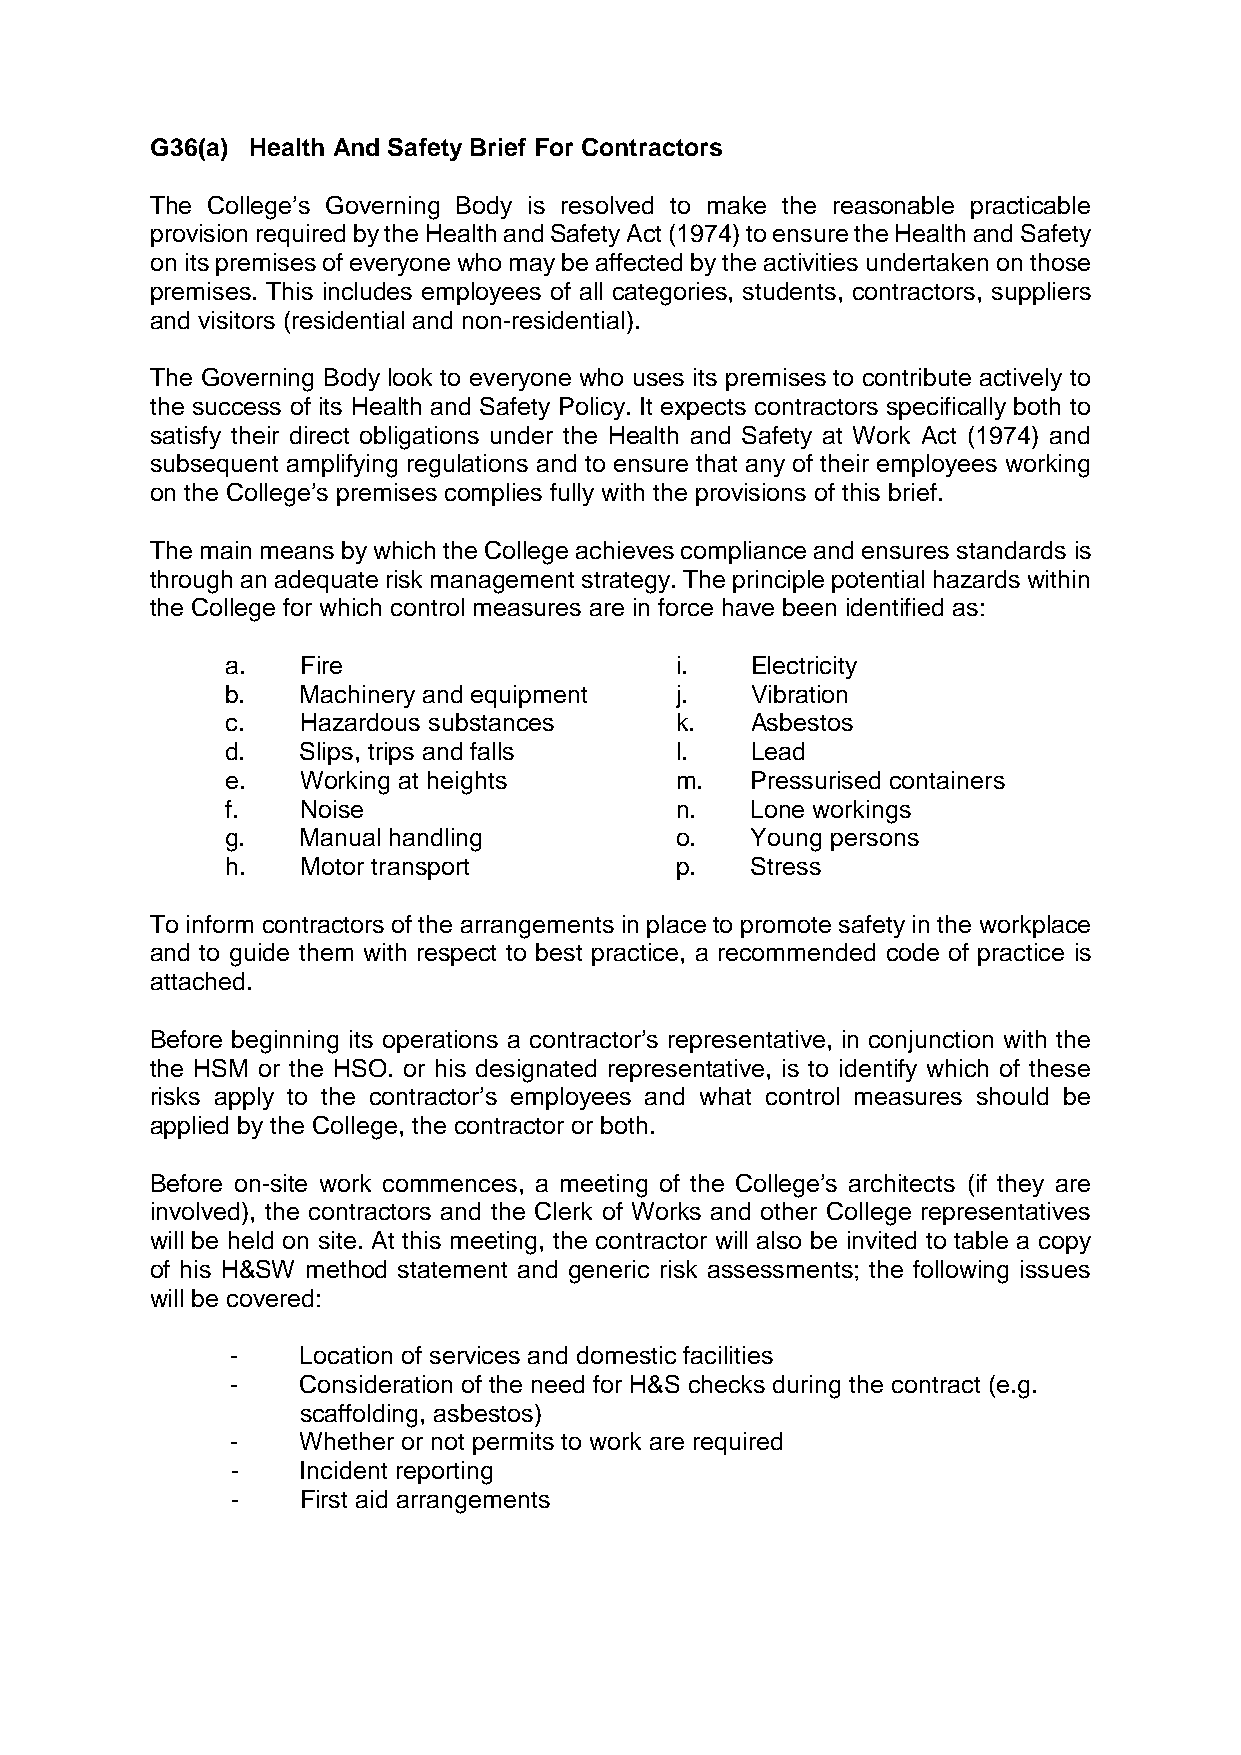
G36(a) Health And Safety Brief For Contractors
 The College’s Governing Body is resolved to make the reasonable practicable
 provision required by the Health and Safety Act (1974) to ensure the Health and Safety
 on its premises of everyone who may be affected by the activities undertaken on those
 premises. This includes employees of all categories, students, contractors, suppliers
 and visitors (residential and non-residential).
 The Governing Body look to everyone who uses its premises to contribute actively to
 the success of its Health and Safety Policy. It expects contractors specifically both to
 satisfy their direct obligations under the Health and Safety at Work Act (1974) and
 subsequent amplifying regulations and to ensure that any of their employees working
 on the College’s premises complies fully with the provisions of this brief.
 The main means by which the College achieves compliance and ensures standards is
 through an adequate risk management strategy. The principle potential hazards within
 the College for which control measures are in force have been identified as:
 a.   Fire                     i.   Electricity
 b.   Machinery and equipment  j.   Vibration
 c.   Hazardous substances     k.   Asbestos
 d.   Slips, trips and falls   l.   Lead
 e.   Working at heights       m.   Pressurised containers
 f.   Noise                    n.   Lone workings
 g.   Manual handling          o.   Young persons
 h.   Motor transport          p.   Stress
 To inform contractors of the arrangements in place to promote safety in the workplace
 and to guide them with respect to best practice, a recommended code of practice is
 attached.
 Before beginning its operations a contractor’s representative, in conjunction with the
 the HSM or the HSO. or his designated representative, is to identify which of these
 risks apply to the contractor’s employees and what control measures should be
 applied by the College, the contractor or both.
 Before on-site work commences, a meeting of the College’s architects (if they are
 involved), the contractors and the Clerk of Works and other College representatives
 will be held on site. At this meeting, the contractor will also be invited to table a copy
 of his H&SW method statement and generic risk assessments; the following issues
 will be covered:
 -    Location of services and domestic facilities
 -    Consideration of the need for H&S checks during the contract (e.g.
 scaffolding, asbestos)
 -    Whether or not permits to work are required
 -    Incident reporting
 -    First aid arrangements